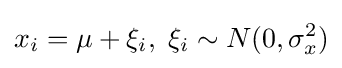
x_{i}=\mu +\xi _{i},\;\xi _{i}\sim N(0,\sigma _{x}^{2})